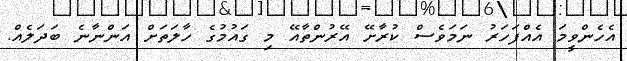
އެހެންވީމަ އެއްފަހަރު ނަމަވެސް ކުރާށޭ އޭރުންތާއޭ މި ގައުމުގެ ހާލަތަށް އަންނާނެ ބަދަލެއް.